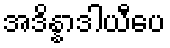
အဒိန္နာဒါယီပေ